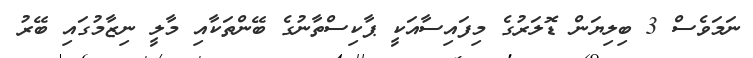
ނަމަވެސް 3 ބިލިޔަން ޑޮލަރުގެ މިފައިސާއަކީ ޕާކިސްތާނުގެ ބޭންތަކާއި މާލީ ނިޒާމުގައި ބޭރު